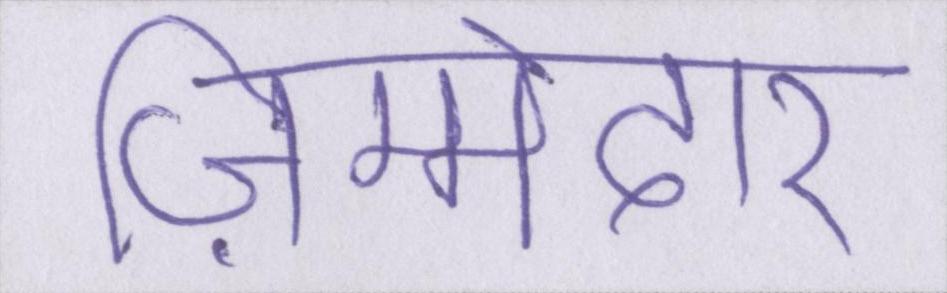
ज़िम्मेदार